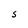
Character: S